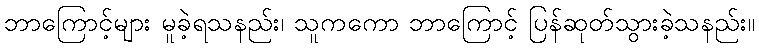
ဘာကြောင့်များ မူခဲ့ရသနည်း၊ သူကကော ဘာကြောင့် ပြန်ဆုတ်သွားခဲ့သနည်း။